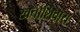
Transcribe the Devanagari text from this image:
खर्चाशिवाय